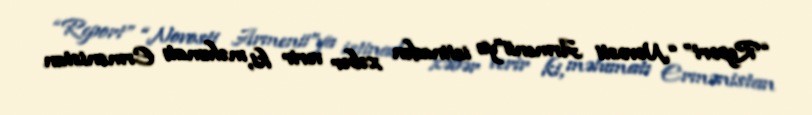
“Report” “Novosti Armenii”ya istinadən xəbər verir ki, məlumatı Ermənistan